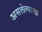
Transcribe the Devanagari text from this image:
असलेल्याना